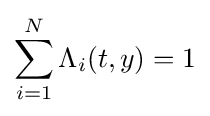
\sum _{i=1}^{N}\Lambda _{i}(t,y)=1